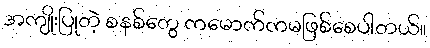
အကျိုးပြုတဲ့ စနစ်တွေ ကမောက်ကမဖြစ်စေပါတယ်။